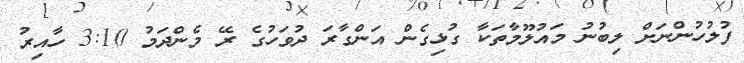
ފުލުހުންނަށް ލިބުނު މައުލޫމާތަކާ ގުޅިގެން އަންގާރަ ދުވަހުގެ ރޭ މެންދަމު 3:10 ހާއިރު